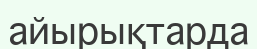
айырықтарда